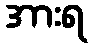
အားရ